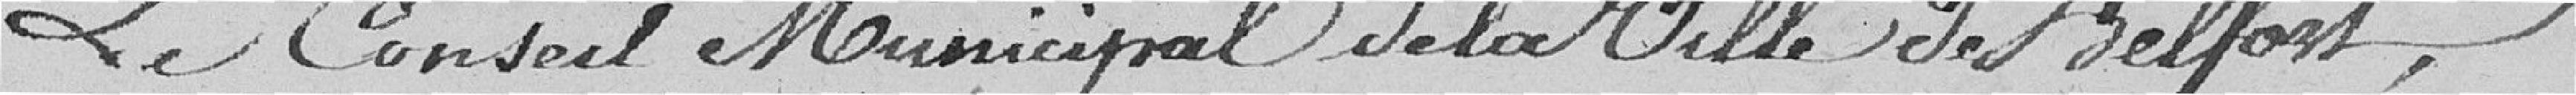
Le Conseil Municipal de la Ville de Belfort,